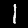
Digit: 1